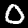
Digit: 0